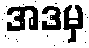
အဒမှ